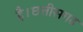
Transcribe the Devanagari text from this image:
है।छत्तीसगढ